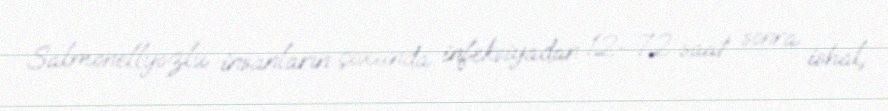
Salmonellyozlu insanların çoxunda infeksiyadan 12–72 saat sonra ishal,